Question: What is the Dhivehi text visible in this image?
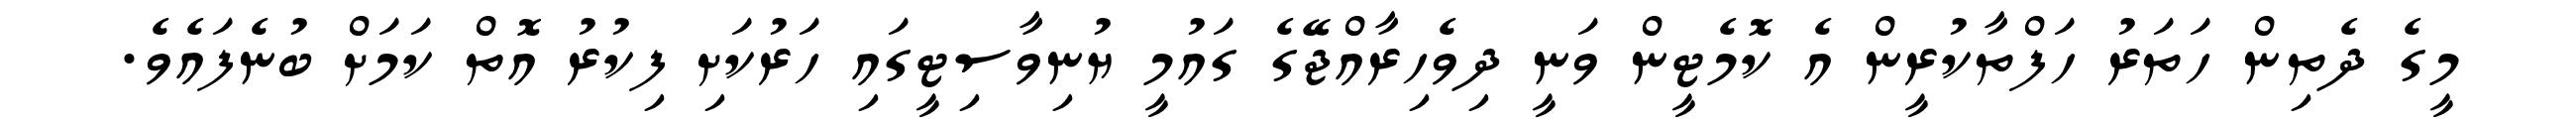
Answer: މީގެ ދެތިން ހަތަރު ހަފްތާކުރީން އެ ކޮމެޓީން ވަނީ ދިވެހިރާއްޖޭގެ ގައުމީ ޔުނިވާސިޓީގައި ހަރުކަށި ފިކުރު އޮތް ކަމަށް ބުނެފައެވެ.